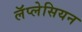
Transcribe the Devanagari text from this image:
लॅप्लेसियन